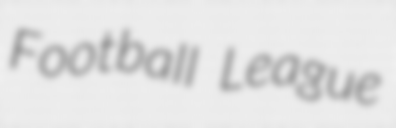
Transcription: Football League